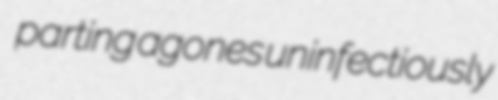
parting agones uninfectiously